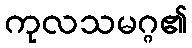
ကုလသမဂ္ဂ၏